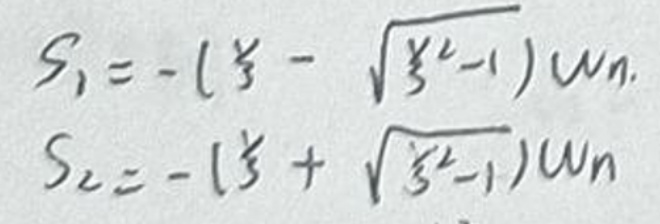
\[
\begin{align*}
S_1 &= -(\frac{v}{3} - \sqrt{\frac{v^2}{3^2}-1})w_n\\
S_2 &= -(\frac{v}{3} + \sqrt{\frac{v^2}{3^2}-1})w_n
\end{align*}
\]